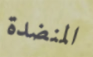
المنضدة